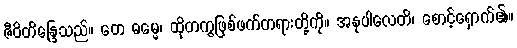
ဇီဝိတိန္ဒြေသည်။ တေ ဓမ္မေ၊ ထိုတကွဖြစ်ဖက်တရားတို့ကို။ အနုပါလေတိ၊ စောင့်ရှောက်၏။